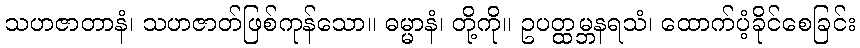
သဟဇာတာနံ၊ သဟဇာတ်ဖြစ်ကုန်သော။ ဓမ္မာနံ၊ တို့ကို။ ဥပတ္ထမ္ဘနရသံ၊ ထောက်ပံ့ခိုင်စေခြင်း